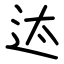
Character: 迏